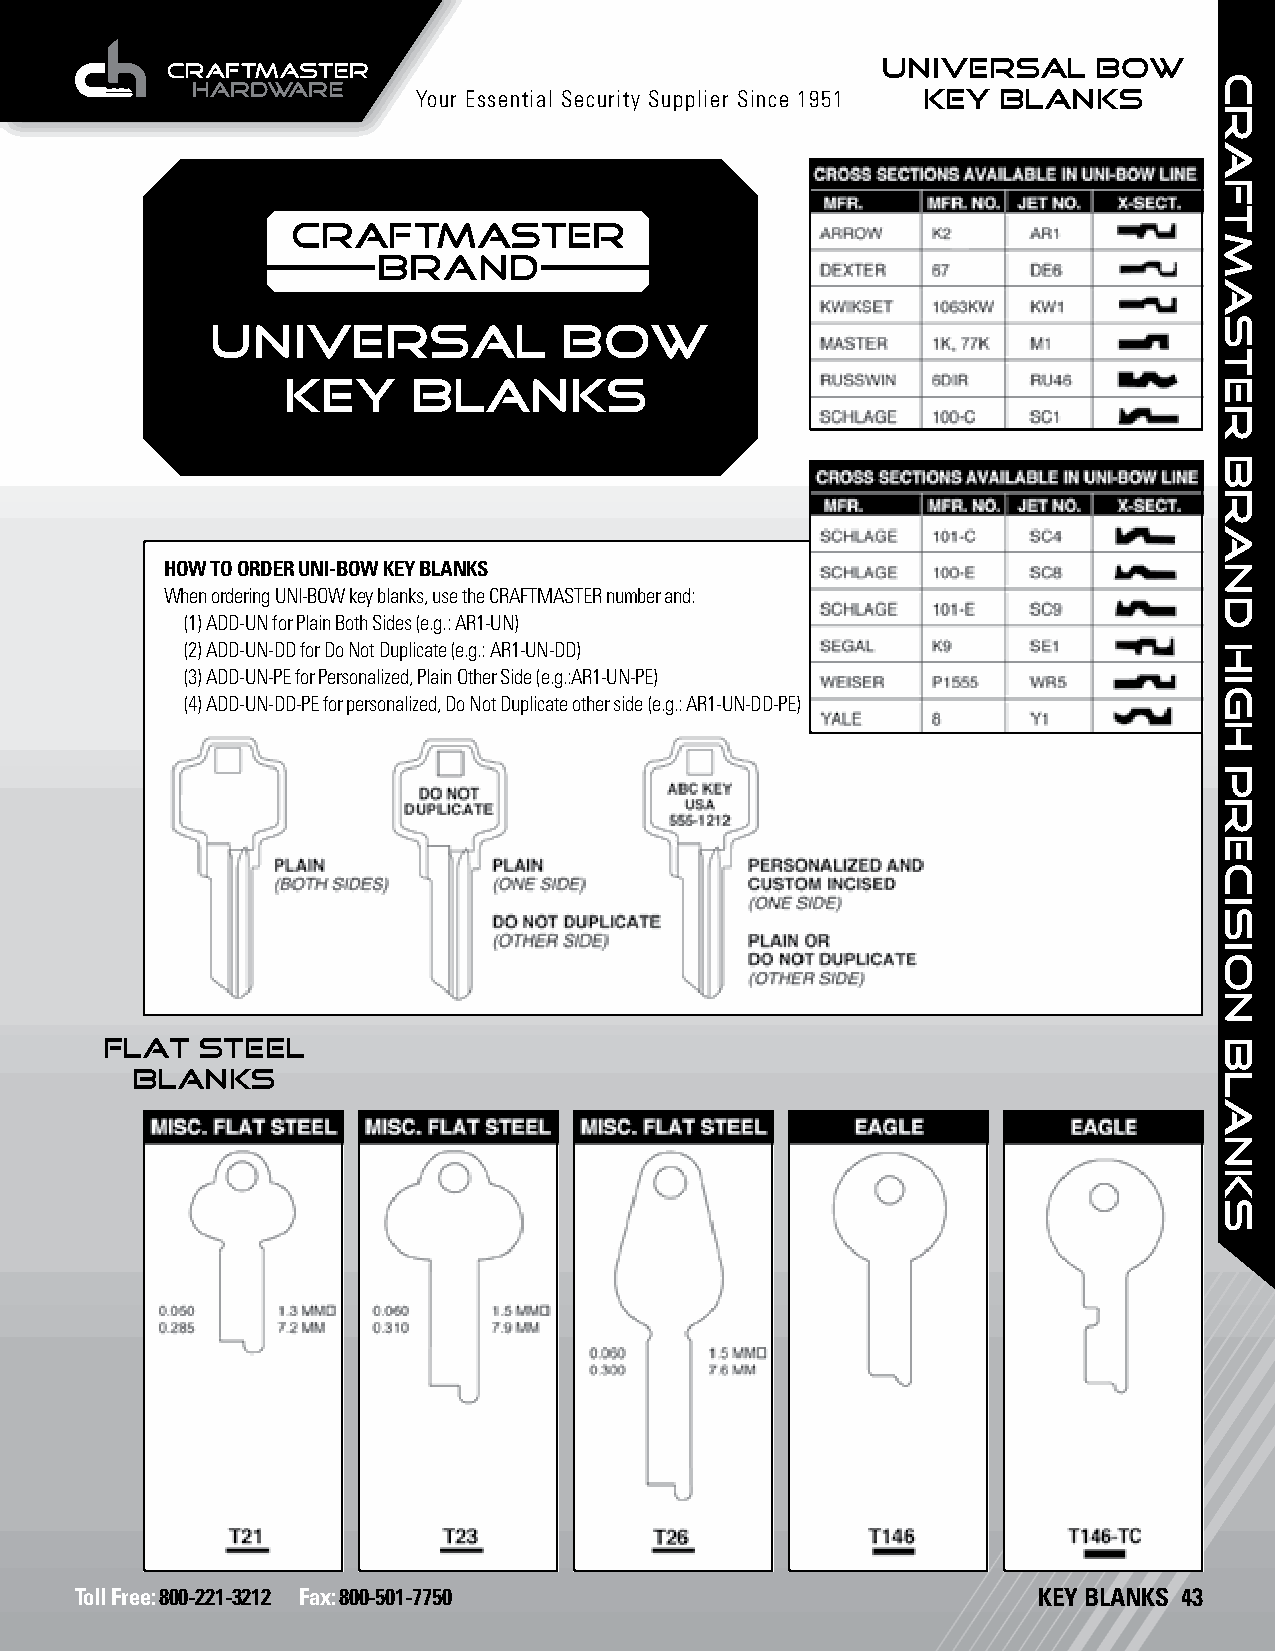
UNIVERSAL      BOW
 Your Essential Security Supplier Since 1951 KEY BLANKS
 UNIVERSAL              BOW
 KEY     BLANKS
 HOW TO ORDER UNI-BOW KEY BLANKS
 When ordering UNI-BOW key blanks, use the CRAFTMASTER number and:
 (1) ADD-UN for Plain Both Sides (e.g.: AR1-UN)
 (2) ADD-UN-DD for Do Not Duplicate (e.g.: AR1-UN-DD)
 (3) ADD-UN-PE for Personalized, Plain Other Side (e.g.:AR1-UN-PE)
 (4) ADD-UN-DD-PE for personalized, Do Not Duplicate other side (e.g.: AR1-UN-DD-PE)
 FLAT  STEEL
 BLANKS
 Toll Free: 800-221-3212 Fax: 800-501-7750                       KEY BLANKS 43
 craftmaster
 brand
 HIGH
 PRECISION
 BLANKS